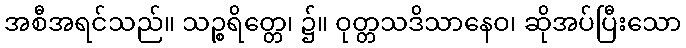
အစီအရင်သည်။ သဉ္စရိတ္တေ၊ ၌။ ဝုတ္တသဒိသာနေဝ၊ ဆိုအပ်ပြီးသော